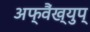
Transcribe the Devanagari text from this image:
अफ्वैंख्युप्